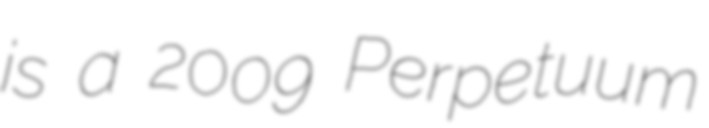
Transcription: is a 2009 Perpetuum